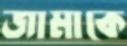
জামাকে